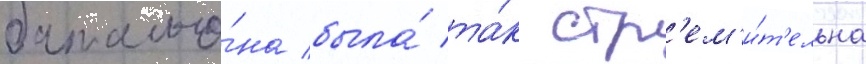
батальо́на была́ та́к стр'ем'и́т'ельна